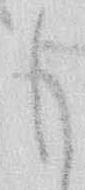
も